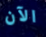
الآن